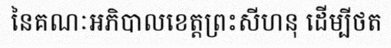
នៃគណៈអភិបាលខេត្តព្រះសីហនុ ដើម្បីថត